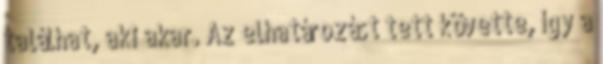
találhat, aki akar. Az elhatározást tett követte, így a